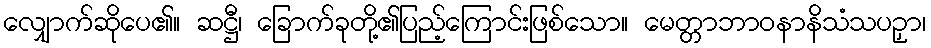
လျှောက်ဆိုပေ၏။ ဆဋ္ဌီ၊ ခြောက်ခုတို့၏ပြည့်ကြောင်းဖြစ်သော။ မေတ္တာဘာဝနာနိသံသပဉှာ၊